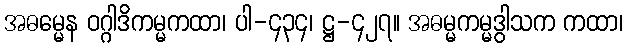
အဓမ္မေန ဝဂ္ဂါဒိကမ္မကထာ၊ ပါ-၄၃၄၊ ဋ္ဌ-၄၂၇။ အဓမ္မကမ္မဒွါသက ကထာ၊